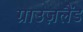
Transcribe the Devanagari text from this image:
ग्राउज़लैंड